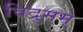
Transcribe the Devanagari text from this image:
विद्रुमम्